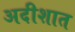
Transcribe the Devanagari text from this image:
अदीशात